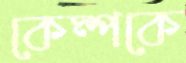
কেম্পকে